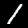
Digit: 1